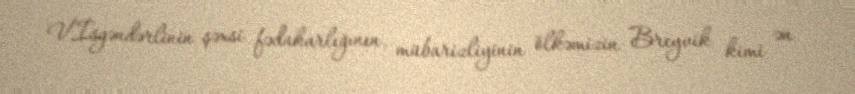
V.İsgəndərlinin şəxsi fədakarlığının, mübarizliyinin ölkəmizin Breyvik kimi ən